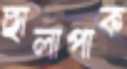
ছালাপাক